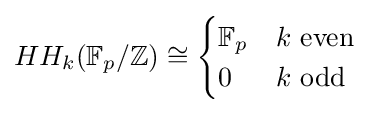
HH_{k}(\mathbb {F} _{p}/\mathbb {Z} )\cong {\begin{cases}\mathbb {F} _{p}&k{\text{ even}}\\0&k{\text{ odd}}\end{cases}}